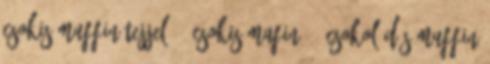
csokis muffin tejjel 12 csokis mafin 11 csokoládés muffin